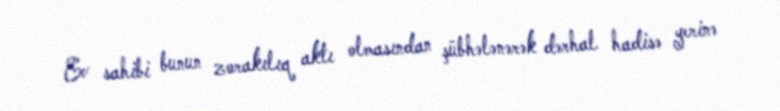
Ev sahibi bunun zorakılıq aktı olmasından şübhələnərək dərhal hadisə yerinə